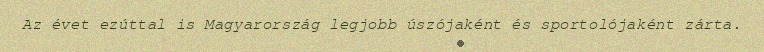
Az évet ezúttal is Magyarország legjobb úszójaként és sportolójaként zárta.